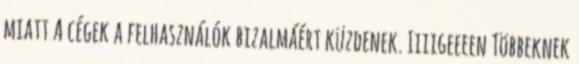
miatt A cégek a felhasználók bizalmáért küzdenek. Iiiigeeeen Többeknek